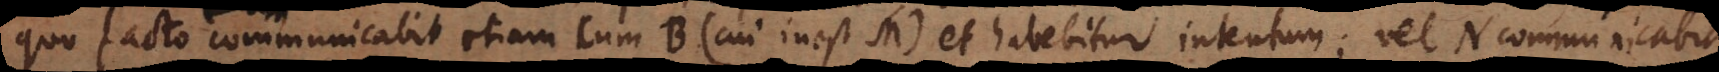
quo facto communicabit etiam cum B (cui inest M) et habebitur intentum; vel N communicabit